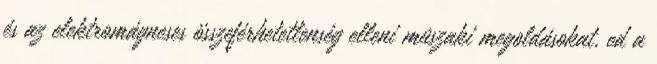
és az elektromágneses összeférhetetlenség elleni mûszaki megoldásokat, ed a